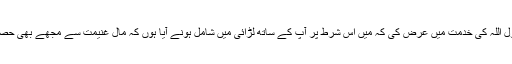
اس نے رسول اللہ کی خدمت میں عرض کی کہ مَیں اس شرط پر آپ کے ساتھ لڑائی میں شامل ہونے آیا ہوں کہ مال غنیمت سے مجھے بھی حصہ دیا جائے۔